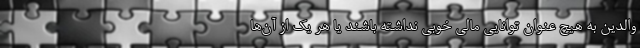
والدین به هیچ عنوان توانایی مالی خوبی نداشته باشند یا هر یک از آن‌ها